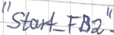
Text: "Start_FB2"